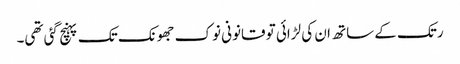
رتک کے ساتھ ان کی لڑائی تو قانونی نوک جھونک تک پہنچ گئی تھی۔